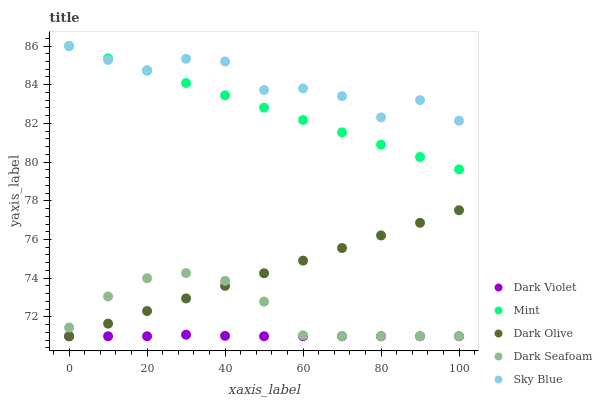
| xaxis_label | Dark Violet | Mint | Dark Olive | Dark Seafoam | Sky Blue |
 | --- | --- | --- | --- | --- | --- |
 | 0 | 71 | 86 | 71 | 71.4 | 86 |
 | 10 | 71 | 85.4 | 71.7 | 73.1 | 85.3 |
 | 20 | 71 | 84.7 | 72.3 | 74 | 84.8 |
 | 30 | 71.1 | 84.1 | 73 | 74.3 | 85.3 |
 | 40 | 71 | 83.5 | 73.6 | 73.9 | 85.2 |
 | 50 | 71 | 82.8 | 74.3 | 72.8 | 83.7 |
 | 60 | 71 | 82.2 | 74.9 | 71 | 83.8 |
 | 70 | 71 | 81.5 | 75.6 | 71 | 83.4 |
 | 80 | 71 | 80.9 | 76.2 | 71 | 82.3 |
 | 90 | 71 | 80.3 | 76.9 | 71 | 83.2 |
 | 100 | 71 | 79.6 | 77.5 | 71 | 82.1 |